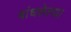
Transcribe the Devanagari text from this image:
बांधलेल्य़ा